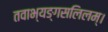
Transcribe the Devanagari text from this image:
तवाभ्यङ्गसलिलम्।